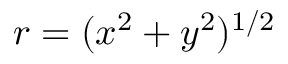
r = ( x ^ { 2 } + y ^ { 2 } ) ^ { 1 / 2 }